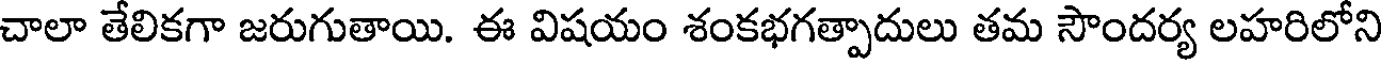
చాలా తేలికగా జరుగుతాయి. ఈ విషయం శంకభగత్పాదులు తమ సౌందర్య లహరిలోని